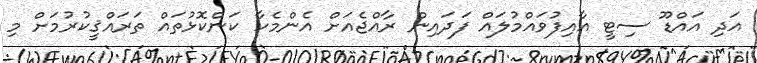
އަދި އައްޑޫ ސިޓީ އާއިފުވައްމުލައް ފަދައިން ރާއްޖެއަށް އެންމެހާ ކަންކޮޅުތައް ތަރައްޤީކުރުމަށް މި